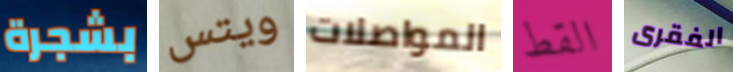
بشجرة ويتس المواصلات القط الفقرى